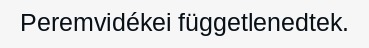
Peremvidékei függetlenedtek.